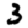
Digit: 3